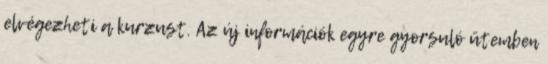
elvégezheti a kurzust. Az új információk egyre gyorsuló ütemben